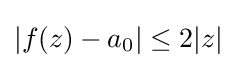
|f(z)-a_{0}|\leq 2|z|